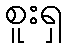
စူးရှ